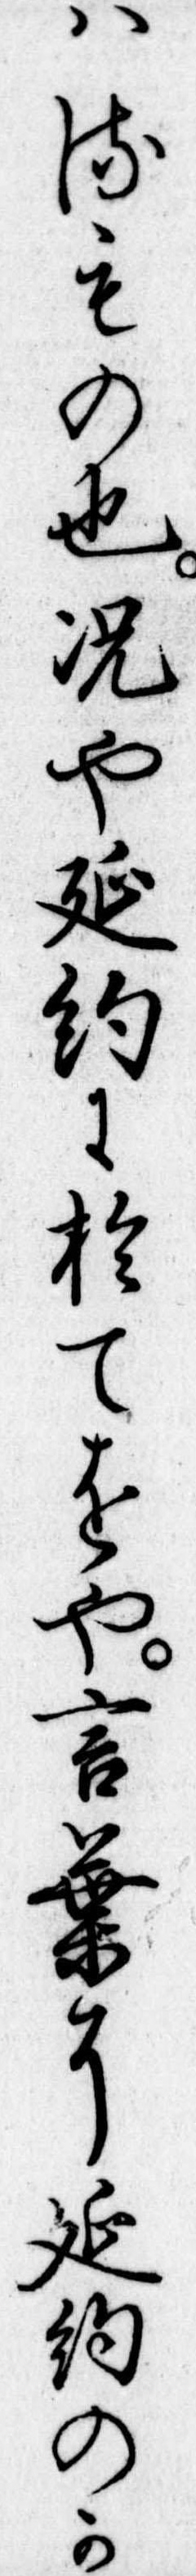
はるもの也況や延約に於てをや言葉に延約のか